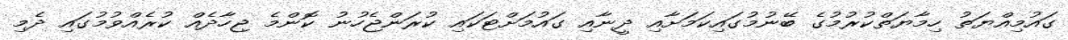
ގައުމިއްޔަތު ހިމާޔަތްކުރުމުގެ ބޭނުމުގައިކަމަށާއި ދީނާއި ގައުމަށްޓަކައި ކުރަންޖެހުނު ކޮންމެ ޖިހާދެއް ކުރެއްވުމުގައި ދެމި